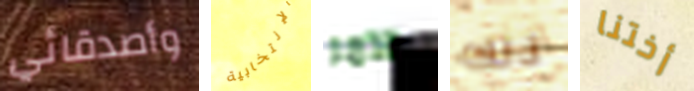
وأصدقائي الإنتخابية الآمر ذلك أختنا